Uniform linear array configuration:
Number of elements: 24
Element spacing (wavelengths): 0.25
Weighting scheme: blackman
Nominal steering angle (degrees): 30
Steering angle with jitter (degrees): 30.604
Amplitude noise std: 0.05
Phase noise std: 0.05

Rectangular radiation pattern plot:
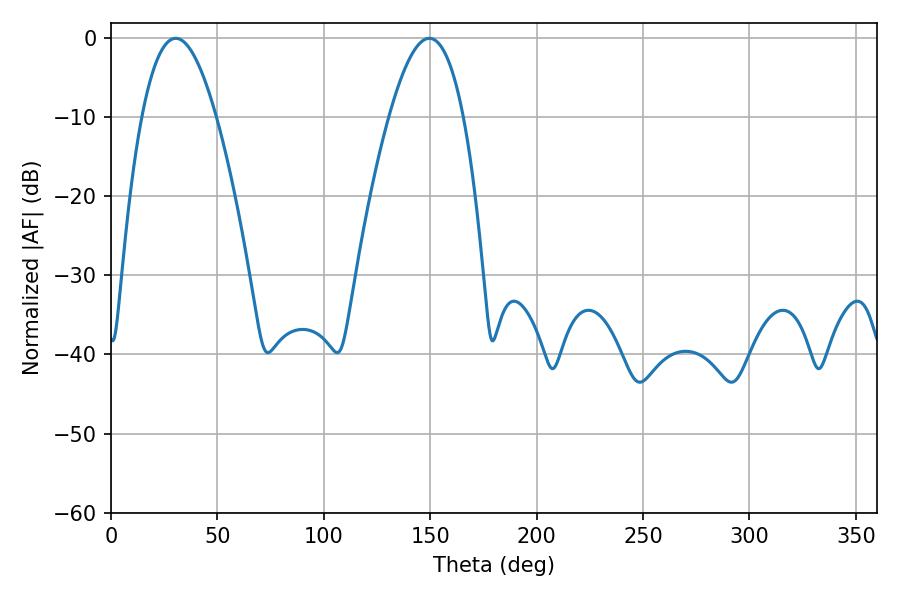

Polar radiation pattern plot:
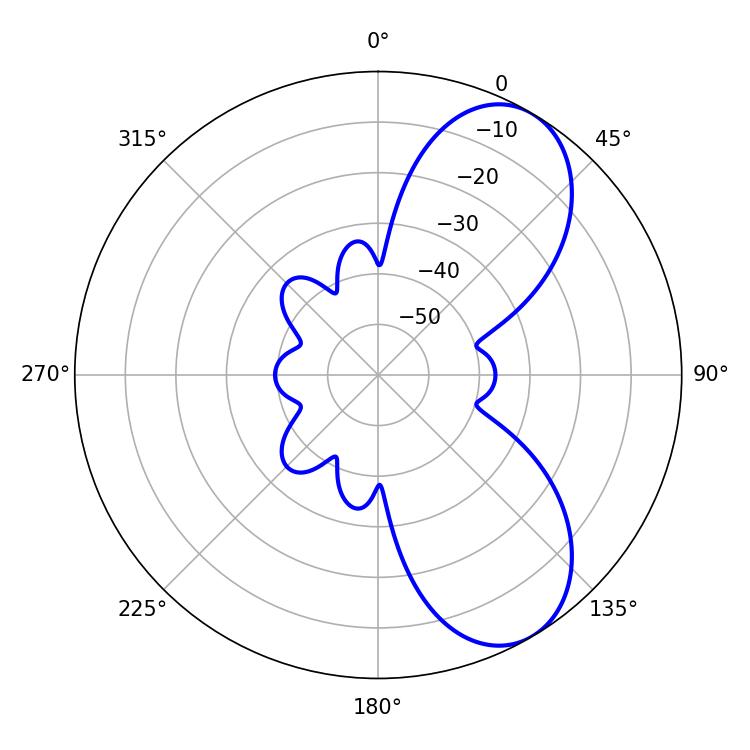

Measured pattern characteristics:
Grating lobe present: FALSE
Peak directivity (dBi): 7.331
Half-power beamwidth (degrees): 19.26
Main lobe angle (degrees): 30.42